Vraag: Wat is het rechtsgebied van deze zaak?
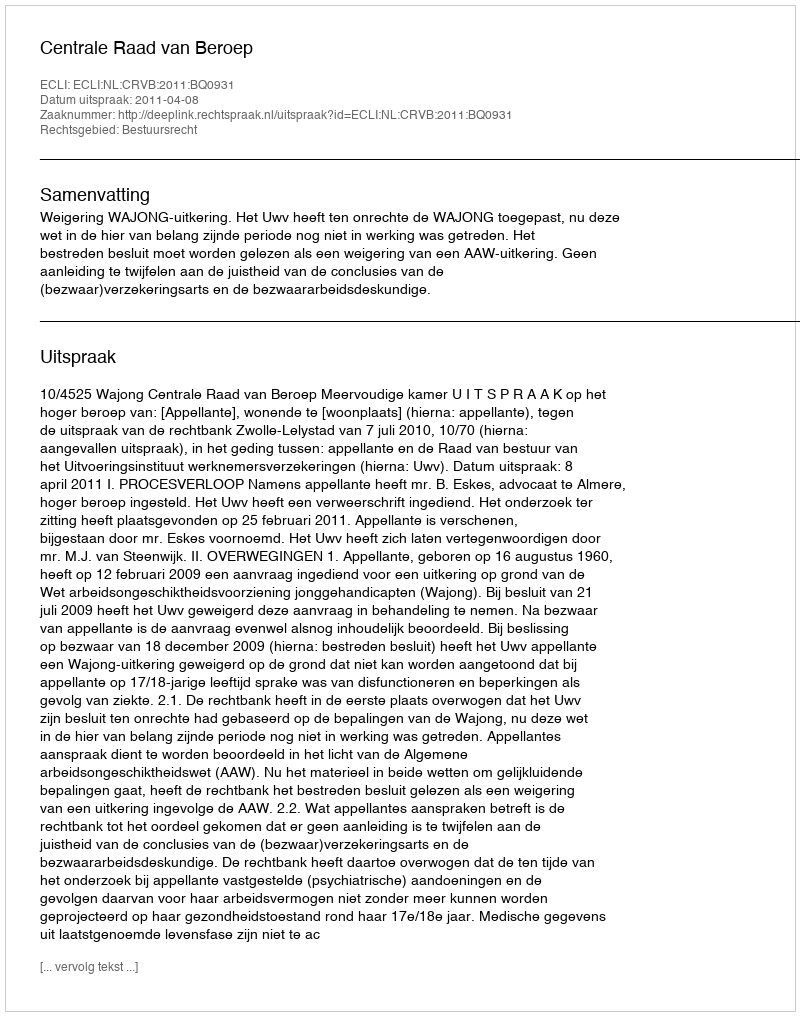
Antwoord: Bestuursrecht